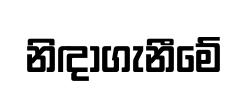
නිඳාගැනීමේ